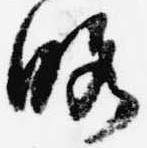
略